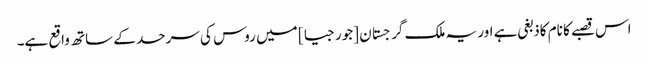
اس قصبے کا نام کاذبغی ہے اور یہ ملک گرجستان [جورجیا] میں روس کی سرحد کے ساتھ واقع ہے۔